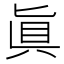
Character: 眞